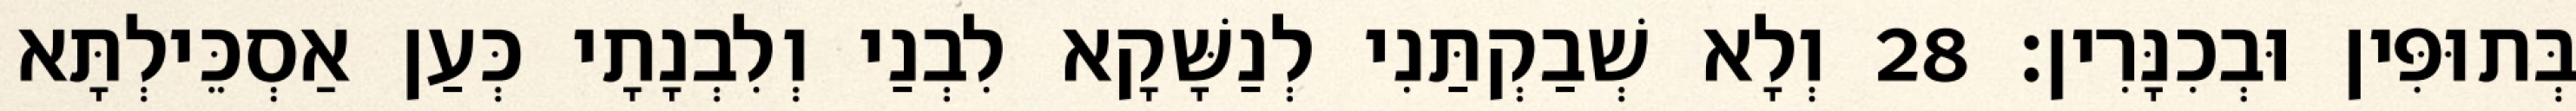
בְּתוּפִּין וּבְכִנָּרִין׃ 28 וְלָא שְׁבַקְתַּנִי לְנַשָּׁקָא לִבְנַי וְלִבְנָתָי כְּעַן אַסְכֵּילְתָּא